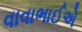
વાવાભાઈએ